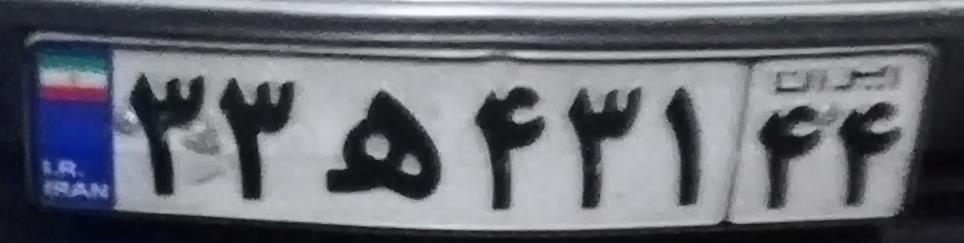
۳۳ه۴۳۱۴۴